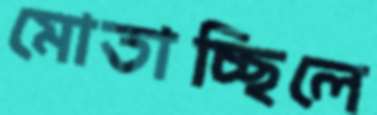
মোতাচ্ছিলে